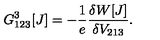
G _ { 1 2 3 } ^ { 3 } [ J ] = - \frac { 1 } { e } \frac { \delta W [ J ] } { \delta V _ { 2 1 3 } } .